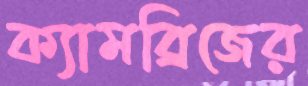
ক্যামব্রিজের